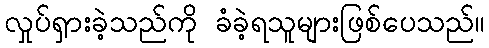
လှုပ်ရှားခဲ့သည်ကို ခံခဲ့ရသူများဖြစ်ပေသည်။